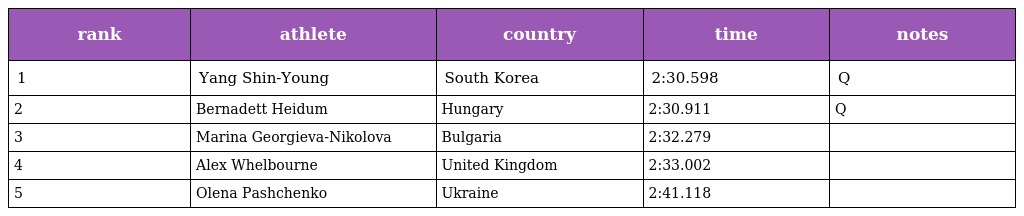
| rank | athlete | country | time | notes |
 | --- | --- | --- | --- | --- |
 | 1 | Yang Shin-Young | South Korea | 2:30.598 | Q |
 | 2 | Bernadett Heidum | Hungary | 2:30.911 | Q |
 | 3 | Marina Georgieva-Nikolova | Bulgaria | 2:32.279 |  |
 | 4 | Alex Whelbourne | United Kingdom | 2:33.002 |  |
 | 5 | Olena Pashchenko | Ukraine | 2:41.118 |  |